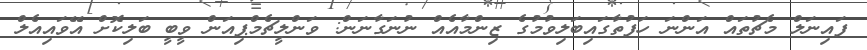
ފައިނަލް މެޗުތައް އަންނަ ހަފުތާގައިބަލިވުމުގެ ޒިންމާއެއް ނުނަގާނަން: ވަންލީޗެމްޕިއަން ވީބީ ބަލިކޮށް އޭވައިއެލް